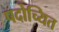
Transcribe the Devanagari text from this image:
पदोच्यित